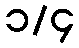
၁/၄